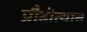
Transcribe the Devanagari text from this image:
प्रौढ़ोत्थान